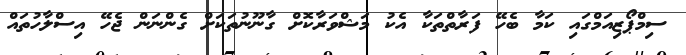
ސިމްޕޯޒިއަމްގައި ކަމާ ބެހޭ ފަރާތްތަކާ އެކު މަޝްވަރާކޮށް ގާނޫނުތަކަށް ގެންނަން ޖެހޭ އިސްލާހުތައް